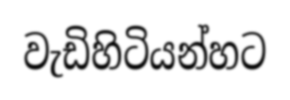
වැඩිහිටියන්හට